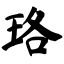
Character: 珞